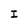
Character: I